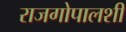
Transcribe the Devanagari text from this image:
राजगोपालशी